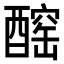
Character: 𨢧